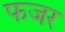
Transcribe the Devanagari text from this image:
फजर